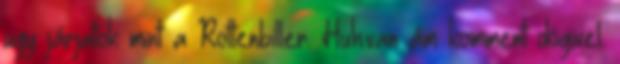
ugy járjatok mint a Rottenbiller. Huh.van ám komment dögivel.